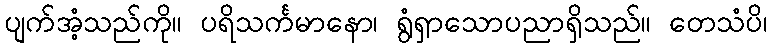
ပျက်အံ့သည်ကို။ ပရိသင်္ကမာနော၊ ရွံရှာသောပညာရှိသည်။ တေသံပိ၊